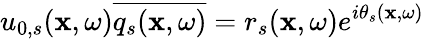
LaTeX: u_{0,s}(\mathbf{x},\omega)\overline{{q_{s}(\mathbf{x},\omega)}}=r_{s}(\mathbf{x},\omega)e^{i\theta_{s}(\mathbf{x},\omega)}